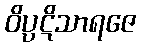
ဝိပ္ပဋိသာရဇေ